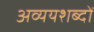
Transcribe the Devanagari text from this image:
अव्ययशब्दों